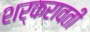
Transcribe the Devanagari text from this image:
शर्करावती